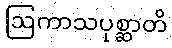
ဩကာသပုစ္ဆာတိ